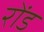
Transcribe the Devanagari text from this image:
रोंड